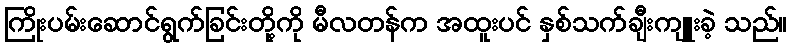
ကြိုးပမ်းဆောင်ရွက်ခြင်းတို့ကို မီလတန်က အထူးပင် နှစ်သက်ချီးကျူးခဲ့ သည်။